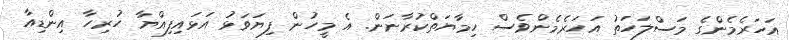
އަހަރެމެންގެ މަސްލަހަތު އަހަރެމެންވެސް ހިމާޔަތްކުރާނަން. އެ މީހުން ފިޔަވަޅު އަޅައިފިއްޔާ ހުރިހާ އިންޑިއާ